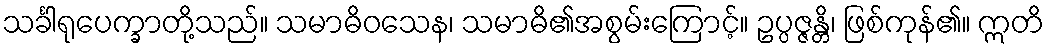
သင်္ခါရုပေက္ခာတို့သည်။ သမာဓိဝသေန၊ သမာဓိ၏အစွမ်းကြောင့်။ ဥပ္ပဇ္ဇန္တိ၊ ဖြစ်ကုန်၏။ ဣတိ